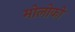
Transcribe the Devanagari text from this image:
मोलोको